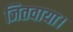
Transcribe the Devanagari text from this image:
जितवाया।